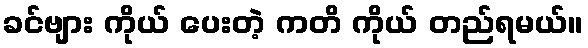
ခင်ဗျား ကိုယ် ပေးတဲ့ ကတိ ကိုယ် တည်ရမယ်။